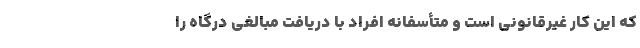
که این کار غیرقانونی است و متأسفانه افراد با دریافت مبالغی درگاه را